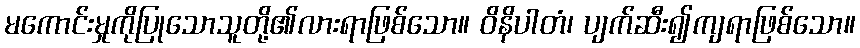
မကောင်းမှုကိုပြုသောသူတို့၏လားရာဖြစ်သော။ ဝိနိပါတံ၊ ပျက်ဆီး၍ကျရာဖြစ်သော။